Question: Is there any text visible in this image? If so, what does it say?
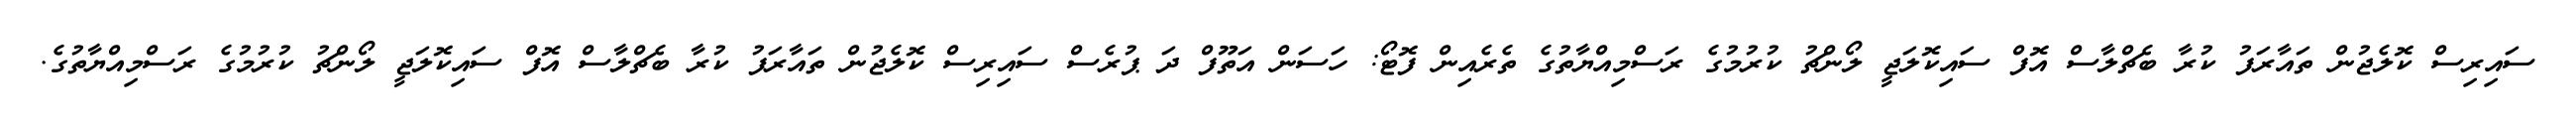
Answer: ސައިރިސް ކޮލެޖުން ތައާރަފު ކުރާ ބެޗްލާސް އޮފް ސައިކޮލަޖީ ލޯންޗު ކުރުމުގެ ރަސްމިއްޔާތުގެ ތެރެއިން ފޮޓޯ: ހަސަން އަތޫފް ދަ ޕުރެސް ސައިރިސް ކޮލެޖުން ތައާރަފު ކުރާ ބެޗްލާސް އޮފް ސައިކޮލަޖީ ލޯންޗު ކުރުމުގެ ރަސްމިއްޔާތުގެ.